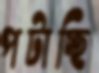
পটাচ্ছি